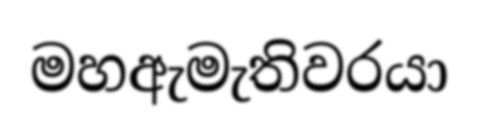
මහඇමැතිවරයා